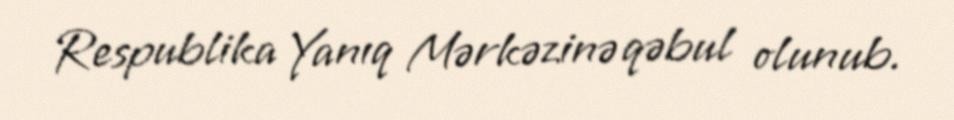
Respublika Yanıq Mərkəzinə qəbul olunub.